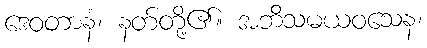
ဒေဝတာနံ၊ နတ်တို့၏။ အဘိသမယဝသေန၊